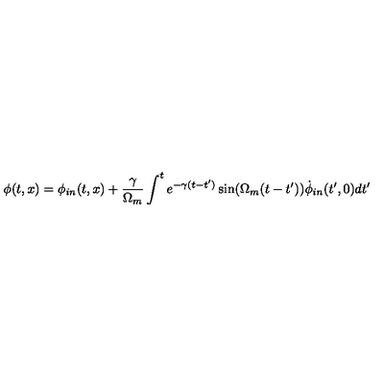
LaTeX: \phi ( t , x ) = \phi _ { i n } ( t , x ) + { \frac { \gamma } { \Omega _ { m } } } \int ^ { t } e ^ { - \gamma ( t - t ^ { \prime } ) } \sin ( \Omega _ { m } ( t - t ^ { \prime } ) ) \dot { \phi } _ { i n } ( t ^ { \prime } , 0 ) d t ^ { \prime }